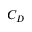
C _ { D }